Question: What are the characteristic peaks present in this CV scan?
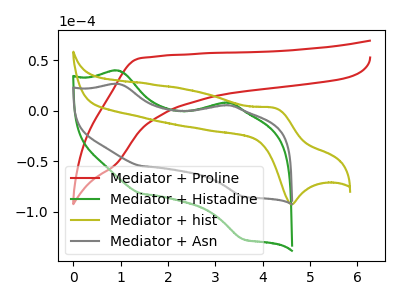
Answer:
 <answer>The red curve "Mediator + Proline" has no peaks. The green curve "Mediator + Histadine" has anodic peaks at (0.95V, 39.40uA) (3.15V, 7.80uA) and cathodic peaks at (1.45V, -82.20uA) (3.60V, -127.35uA). The olive curve "Mediator + hist" has an anodic peak at (4.25V, 2.70uA) and a cathodic peak at (4.60V, -92.75uA). The gray curve "Mediator + Asn" has anodic peaks at (0.95V, 26.30uA) (3.15V, 5.20uA) and cathodic peaks at (1.45V, -54.85uA) (3.60V, -85.05uA).</answer>
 <eval></eval>